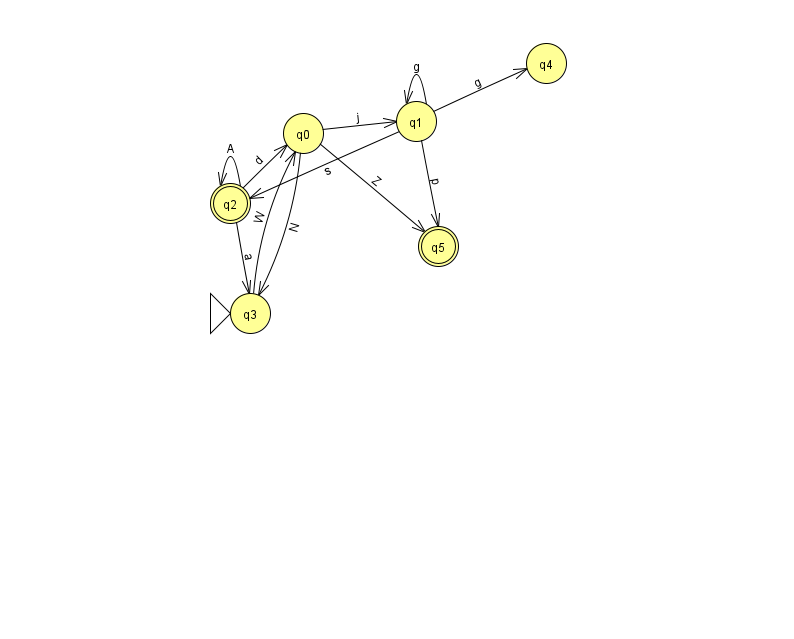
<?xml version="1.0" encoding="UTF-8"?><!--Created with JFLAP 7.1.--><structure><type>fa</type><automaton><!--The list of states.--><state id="0" name="q0"><x>303.0</x><y>120.0</y></state><state id="1" name="q1"><x>416.0</x><y>108.0</y></state><state id="2" name="q2"><x>230.0</x><y>190.0</y><final/></state><state id="3" name="q3"><x>250.0</x><y>300.0</y><initial/></state><state id="4" name="q4"><x>546.0</x><y>50.0</y></state><state id="5" name="q5"><x>438.0</x><y>233.0</y><final/></state><!--The list of transitions.--><transition><from>2</from><to>2</to><read>A</read></transition><transition><from>0</from><to>5</to><read>Z</read></transition><transition><from>0</from><to>3</to><read>N</read></transition><transition><from>1</from><to>5</to><read>p</read></transition><transition><from>2</from><to>0</to><read>d</read></transition><transition><from>0</from><to>1</to><read>j</read></transition><transition><from>1</from><to>1</to><read>g</read></transition><transition><from>2</from><to>3</to><read>a</read></transition><transition><from>1</from><to>4</to><read>g</read></transition><transition><from>1</from><to>2</to><read>s</read></transition><transition><from>3</from><to>0</to><read>W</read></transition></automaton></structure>